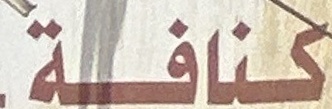
كنافة